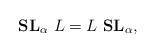
LaTeX: \begin{align*}\mathbf{SL}_\alpha \ L = L\ \mathbf{SL}_\alpha,\end{align*}